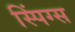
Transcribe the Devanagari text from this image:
स्पिंग्स